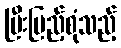
ပြီးပြည့်စုံသည့်